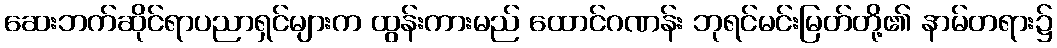
ဆေးဘက်ဆိုင်ရာပညာရှင်များက ထွန်းကားမည် ထောင်ဂဏန်း ဘုရင်မင်းမြတ်တို့၏ နာမ်တရား၌